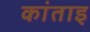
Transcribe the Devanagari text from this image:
कांताइ